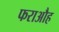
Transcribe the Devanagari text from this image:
फराऔह